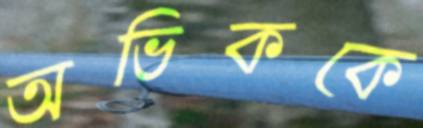
অভিককে